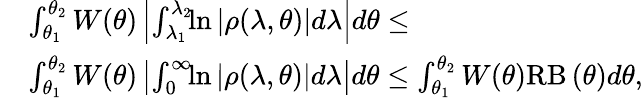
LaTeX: \begin{array}{rl}&{\int_{\theta_{1}}^{\theta_{2}}W(\theta)\left|\int_{\lambda_{1}}^{\lambda_{2}}\! \! \ln\left|\rho(\lambda,\theta)\right|\! \, d\lambda\right|d\theta\leq}\\ &{\int_{\theta_{1}}^{\theta_{2}}W(\theta)\left|\int_{0}^{\infty}\! \! \ln\left|\rho(\lambda,\theta)\right|\! \, d\lambda\right|d\theta\leq\int_{\theta_{1}}^{\theta_{2}}W(\theta)\mathrm{RB}\left(\theta\right)d\theta,}\end{array}